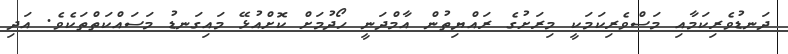
ދަނޑުވެރިކަމާއި މަސްވެރިކަމަކީ މިރަށުގެ ރައްޔިތުން އާމްދަނީ ހޯދުމަށް ކޮށްއުޅޭ މައިގަނޑު މަސައްކަތްތަކެވެ. އަދި